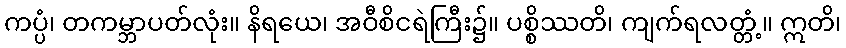
ကပ္ပံ၊ တကမ္ဘာပတ်လုံး။ နိရယေ၊ အဝီစိငရဲကြီး၌။ ပစ္စိဿတိ၊ ကျက်ရလတ္တံ့။ ဣတိ၊